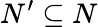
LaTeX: N^{\prime}\subseteq N